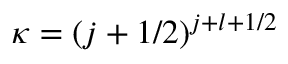
\kappa = ( j + 1 / 2 ) ^ { j + l + 1 / 2 }